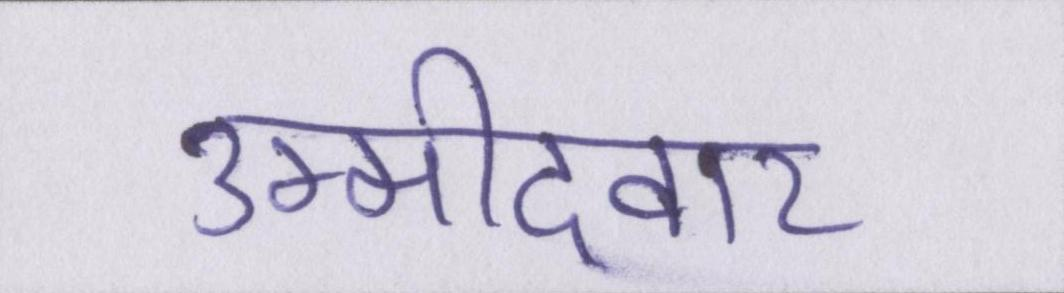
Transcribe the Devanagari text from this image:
उम्मीदवार